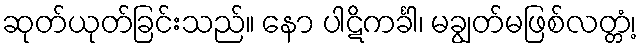
ဆုတ်ယုတ်ခြင်းသည်။ နော ပါဋိကင်္ခါ၊ မချွတ်မဖြစ်လတ္တံ့၊